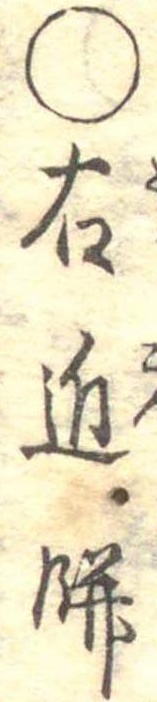
○右近餅